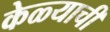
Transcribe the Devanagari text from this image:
केळ्याची